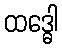
ထဒ္ဓေါ